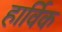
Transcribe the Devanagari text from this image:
हार्विक